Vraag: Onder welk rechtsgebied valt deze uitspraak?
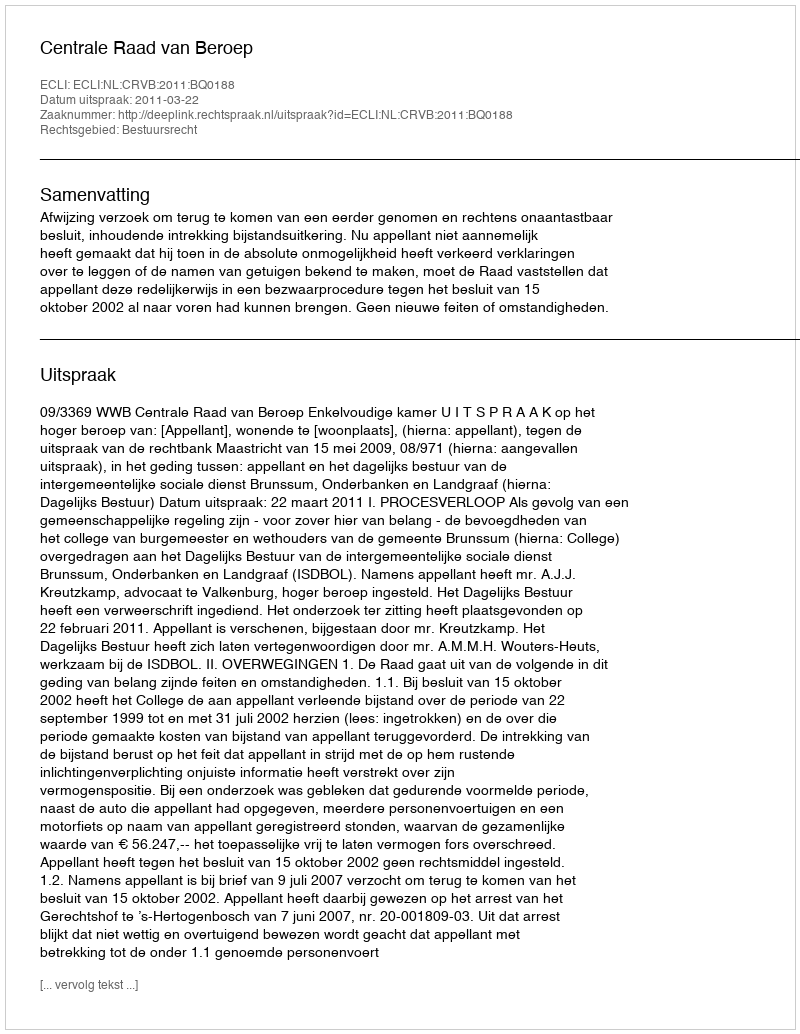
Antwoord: Bestuursrecht